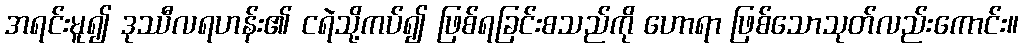
အရင်းမူ၍ ဒုဿီလရဟန်း၏ ငရဲသို့ကပ်၍ ဖြစ်ရခြင်းစသည်ကို ဟောရာ ဖြစ်သောသုတ်လည်းကောင်း။